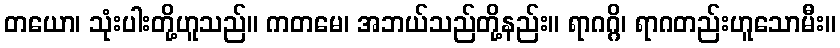
တယော၊ သုံးပါးတို့ဟူသည်။ ကတမေ၊ အဘယ်သည်တို့နည်း။ ရာဂဂ္ဂိ၊ ရာဂတည်းဟူသောမီး။